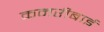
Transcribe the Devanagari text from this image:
कमरीबाई